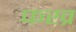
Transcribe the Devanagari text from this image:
फख्र